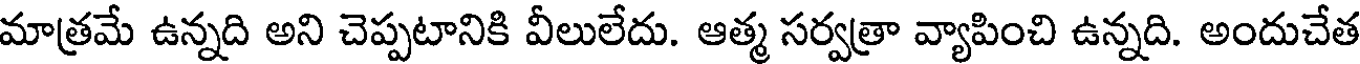
మాత్రమే ఉన్నది అని చెప్పటానికి వీలులేదు. ఆత్మ సర్వత్రా వ్యాపించి ఉన్నది. అందుచేత